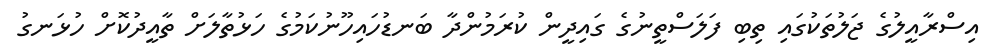
އިސްރާއީލުގެ ޖަލުތަކުގައި ތިބި ފަލަސްތީނުގެ ގައިދީން ކުރަމުންދާ ބަނޑުހައިހޫނުކަމުގެ ހަޅުތާލަށް ތާއީދުކޮށް ހުޅަނގު